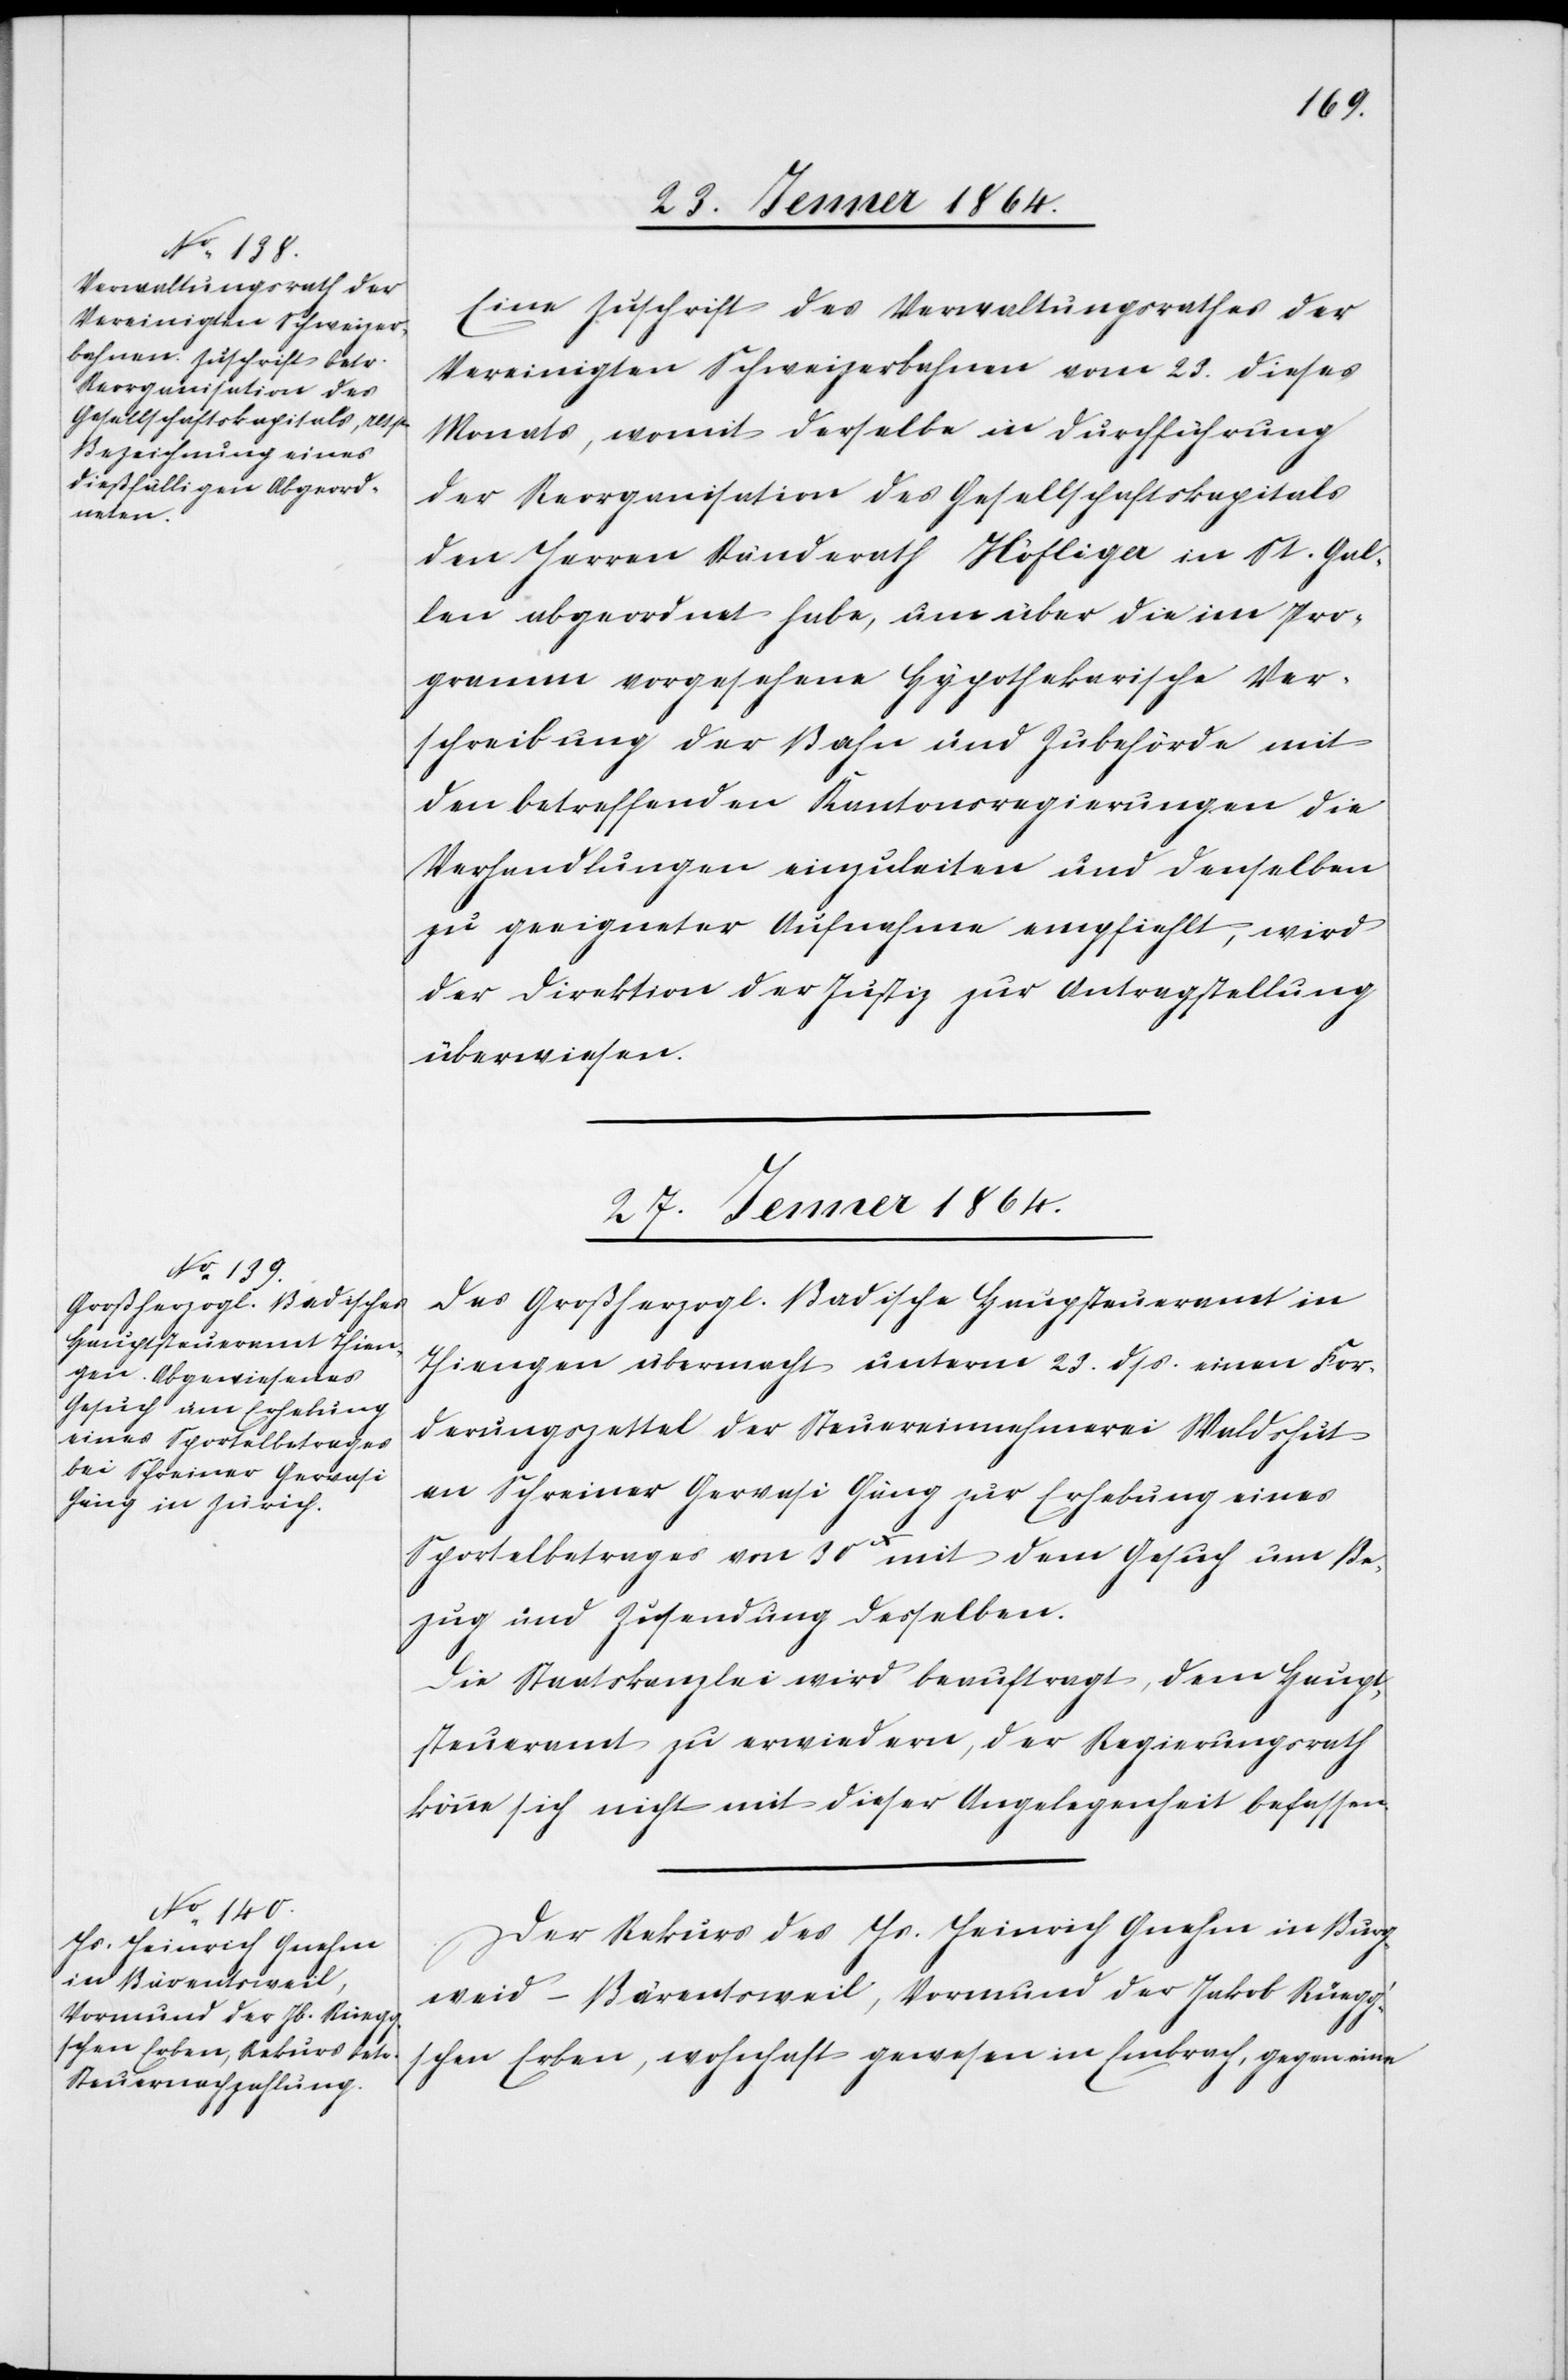
27. Jenner 1864.]
Eine Zuschrift des Verwaltungsrathes der
Vereinigten Schweizerbahnen vom 23. dieses
Monats, womit derselbe in Durchführung
der Reorganisation des Gesellschaftskapitals
den Herren Ständerath Höfliger in St. Gal¬
len abgeordnet habe, um über die im Pro¬
gramm vorgesehene Hypothekarische Ver¬
schreibung der Bahn und Zubehörde mit
den betreffenden Kantonsregierungen die
Verhandlungen einzuleiten und denselben
zu geeigneter Aufnahme empfiehlt, wird
der Direktion der Justiz zur Antragstellung
überwiesen.
27. Jenner 1864.
Das Großherzogl. Badische Haupsteueramt
Thiengen übermacht unterm 23. dss. einen For¬
derungszettel der Steuereinnehmerei Waldshut
an Schreiner Gervasi Gäng zur Erhebung eines
Sportelbetrages von 30x mit dem Gesuch um Be¬
zug und Zusendung desselben.
Die Staatskanzlei wird beauftragt, dem Haupt¬
steueramt zu erwiedern, der Regierungsrath
könne sich nicht mit dieser Angelegenheit befassen.
Der Rekurs des Hr. Heinrich Gnehm in Burg¬
weid-Bärentsweil, Vormund der Jakob Rüegg’s¬
chen Erben, wohnhaft gewesen in Embrach, gegen eine